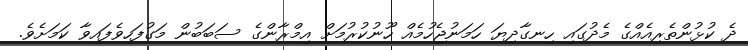
ދެ ކުޅުންތެރިއެއްގެ މެދުގައި ހިނގާދިޔަ ހަމަނުޖެހުމެއް ހޫނުކުރުމަށް އިމްރާންގެ ސަބަބުން މަގުފަހިވެފައިވާ ކަމަށެވެ.